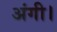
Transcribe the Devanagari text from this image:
अंगी।